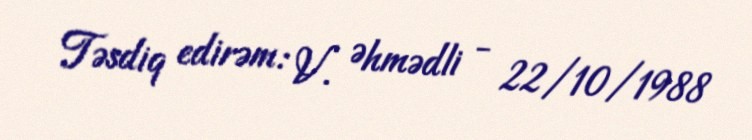
Təsdiq edirəm: V. Əhmədli - 22/10/1988